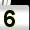
Digit: 5